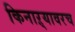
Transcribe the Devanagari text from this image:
किनाऱ्यावरच